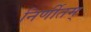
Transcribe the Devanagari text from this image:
निर्णीतम्